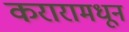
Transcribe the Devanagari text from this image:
करारामधून